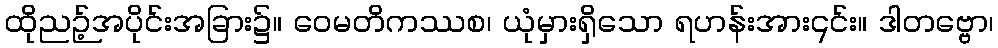
ထိုညဉ့်အပိုင်းအခြား၌။ ဝေမတိကဿစ၊ ယုံမှားရှိသော ရဟန်းအား၎င်း။ ဒါတဗ္ဗော၊